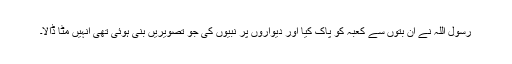
رسول اللہ نے ان بتوں سے کعبہ کو پاک کیا اور دیواروں پر نبیوں کی جو تصویریں بنی ہوئی تھی انہیں مٹا ڈالا۔